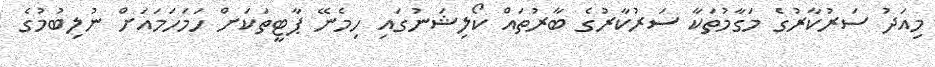
މިއަދު ސަރުކާރުގެ މަގާމުތަކާ ސަރުކާރުގެ ބާރުތައް ކޯލިޝަނުގައި ހިމެނޭ ޕާޓީތަކަށް ހަމަހަމައަށް ނުލިބުމުގެ